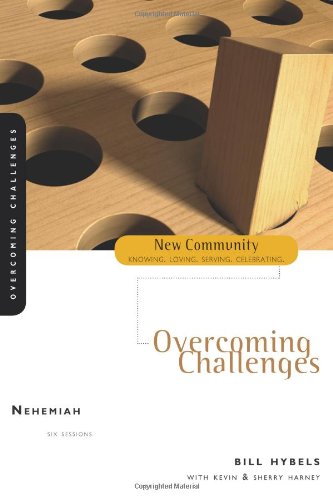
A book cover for Nehemiah: Overcoming Challenges (New Community Bible Study Series); Bill Hybels; Christian Books & Bibles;